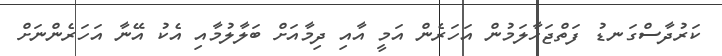
ކަރުދާސްގަނޑު ފަތްޖަހާލަމުން އަހަރެން އަމީ އާއި ދިމާއަށް ބަލާލުމާއި އެކު އޭނާ އަހަރެންނަށް